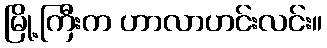
မြို့ကြီးက ဟာလာဟင်းလင်း။